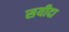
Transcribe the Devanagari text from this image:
सयीदा